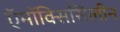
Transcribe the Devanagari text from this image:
ऍमॉक्सिसिलीन